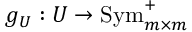
g _ { U } : U \to \operatorname { S y m } _ { m \times m } ^ { + }